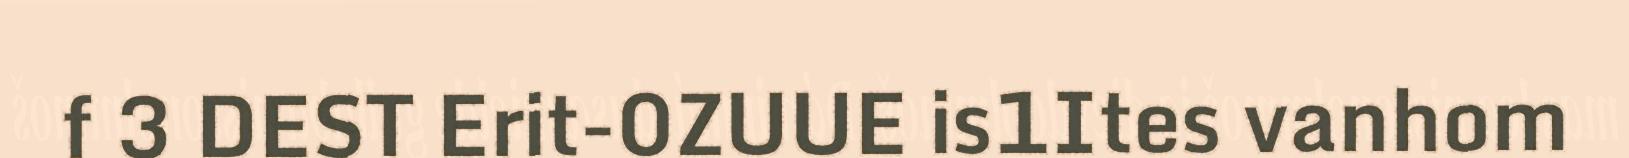
f 3 DEST Erit-0ZUUE is1Ites vanhom